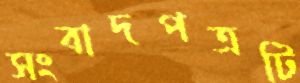
সংবাদপত্রটি